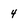
Character: 4